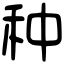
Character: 种